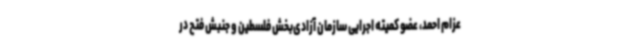
عزام احمد، عضو کمیته اجرایی سازمان آزادی‌بخش فلسطین و جنبش فتح در